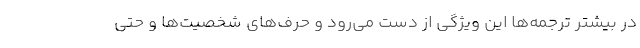
در بيشتر ترجمه‌ها اين ويژگي از دست مي‌رود و حرف‌هاي شخصيت‌ها و حتي